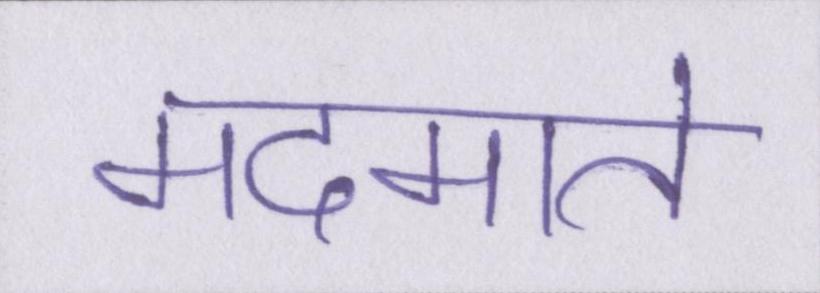
मदमाते